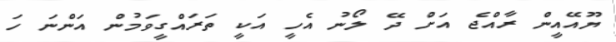
ޔޫއޭއީން ރާއްޖެ އަށް ދޭ ލޯނު އެހީ އަކީ ތަރައްގީވަމުން އަންނަ ހަ